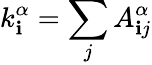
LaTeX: k_{\mathbf{i}}^{\alpha}=\sum_{j}{A_{\mathbf{i}j}^{\alpha}}